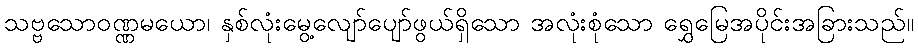
သဗ္ဗသောဝဏ္ဏမယော၊ နှစ်လုံးမွေ့လျော်ပျော်ဖွယ်ရှိသော အလုံးစုံသော ရွှေမြေအပိုင်းအခြားသည်။